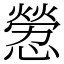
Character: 憥